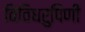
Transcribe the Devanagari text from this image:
विविधरुपिणी